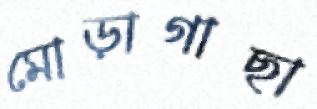
মোড়াগাছা